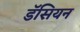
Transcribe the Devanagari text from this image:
डॅसियन